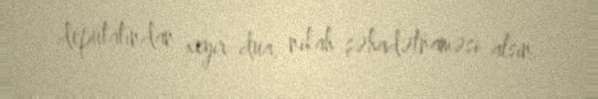
deputatından xeyir-dua, nikah şəhadətnaməsi alsın.